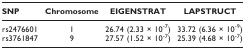
| SNP | Chromosome | EIGENSTRAT | LAPSTRUCT |
 | --- | --- | --- | --- |
 | rs2476601 | 1 | 26.74 (2.33 × 10-7) | 33.72 (6.36 × 10-9) |
 | rs3761847 | 9 | 27.57 (1.52 × 10-7) | 25.39 (4.68 × 10-7) |